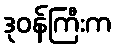
ဒုဝန်ကြီးက